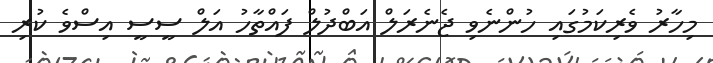
މިހާރު ވެރިކަމުގައި ހުންނެވި ޖެނެރަލް އަބްދުލް ފައްތާހު އަލް ސީސީ އިސްވެ ކުރި